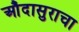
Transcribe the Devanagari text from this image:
औंदासुराचा